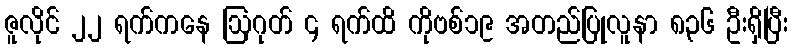
ဇူလိုင် ၂၂ ရက်ကနေ ဩဂုတ် ၄ ရက်ထိ ကိုဗစ်၁၉ အတည်ပြုလူနာ ၈၃၆ ဦးရှိပြီး